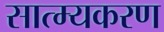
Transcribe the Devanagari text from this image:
सात्म्यकरण